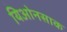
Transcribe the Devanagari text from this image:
यिओनसाक